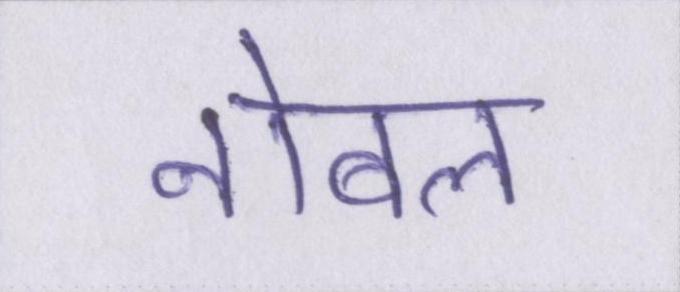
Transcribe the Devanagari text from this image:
नोबल